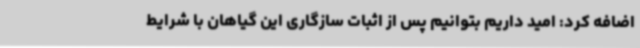
اضافه کرد: امید داریم بتوانیم پس از اثبات سازگاری این گیاهان با شرایط